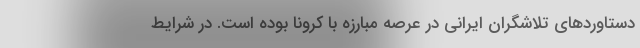
دستاوردهای تلاشگران ایرانی در عرصه مبارزه با کرونا بوده است. در شرایط